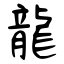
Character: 龍